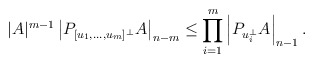
\begin{align*}|A|^{m-1}\left|P_{[u_1,\dots,u_m]^\bot}A\right|_{n-m}\le\prod_{i=1}^m\left|P_{u_i^\bot}A\right|_{n-1}.\end{align*}